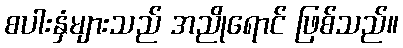
စပါးနှံများသည် အညိုရောင် ဖြစ်သည်။